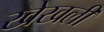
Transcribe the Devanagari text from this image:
खेखली